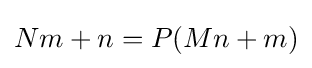
Nm+n=P(Mn+m)